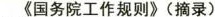
《国务院工作规则》(摘录)